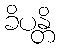
ခိပန္တိ